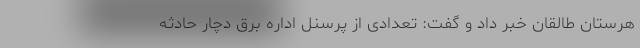
هرستان طالقان خبر داد و گفت: تعدادی از پرسنل اداره برق دچار حادثه